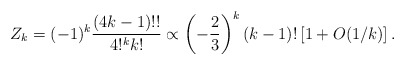
\begin{align*}Z_k = (-1)^k {(4k-1)!!\over 4!^k k!} \propto \left( -{2\over 3}\right)^k (k-1)!\left[ 1 + O(1/k)\right].\end{align*}